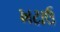
ખટાઉ